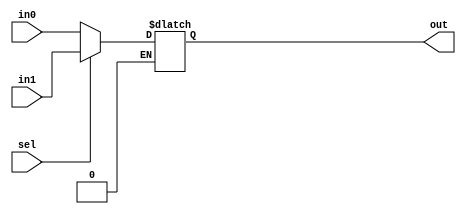
`timescale 1ns / 1ps
//////////////////////////////////////////////////////////////////////////////////
// Company: 
// Engineer: 
// 
// Design Name: 
// Module Name: mux5b
// Project Name: 
// Target Devices: 
// Tool Versions: 
// Description: 
// 
// Dependencies: 
// 
// Revision:
// Revision 0.01 - File Created
// Additional Comments:
// 
//////////////////////////////////////////////////////////////////////////////////


module mux5b(sel,in1,in0,out);
input sel;
input [4:0]in1;
input [4:0]in0;
output [4:0]out;
reg [4:0]out;
always @(*) begin
if (sel) begin out = in1; end
if (sel==0) begin out=in0; end
end
endmodule